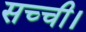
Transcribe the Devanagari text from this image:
सच्ची।